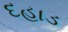
દહાડ